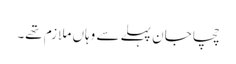
چچا جان پہلے سے وہاں ملازم تھے۔